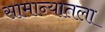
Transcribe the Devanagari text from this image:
सामान्यातला